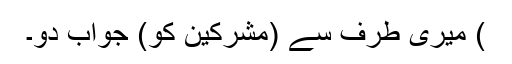
) میری طرف سے (مشرکین کو) جواب دو۔